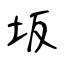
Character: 坂